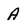
Character: A